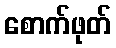
စောက်ဖုတ်